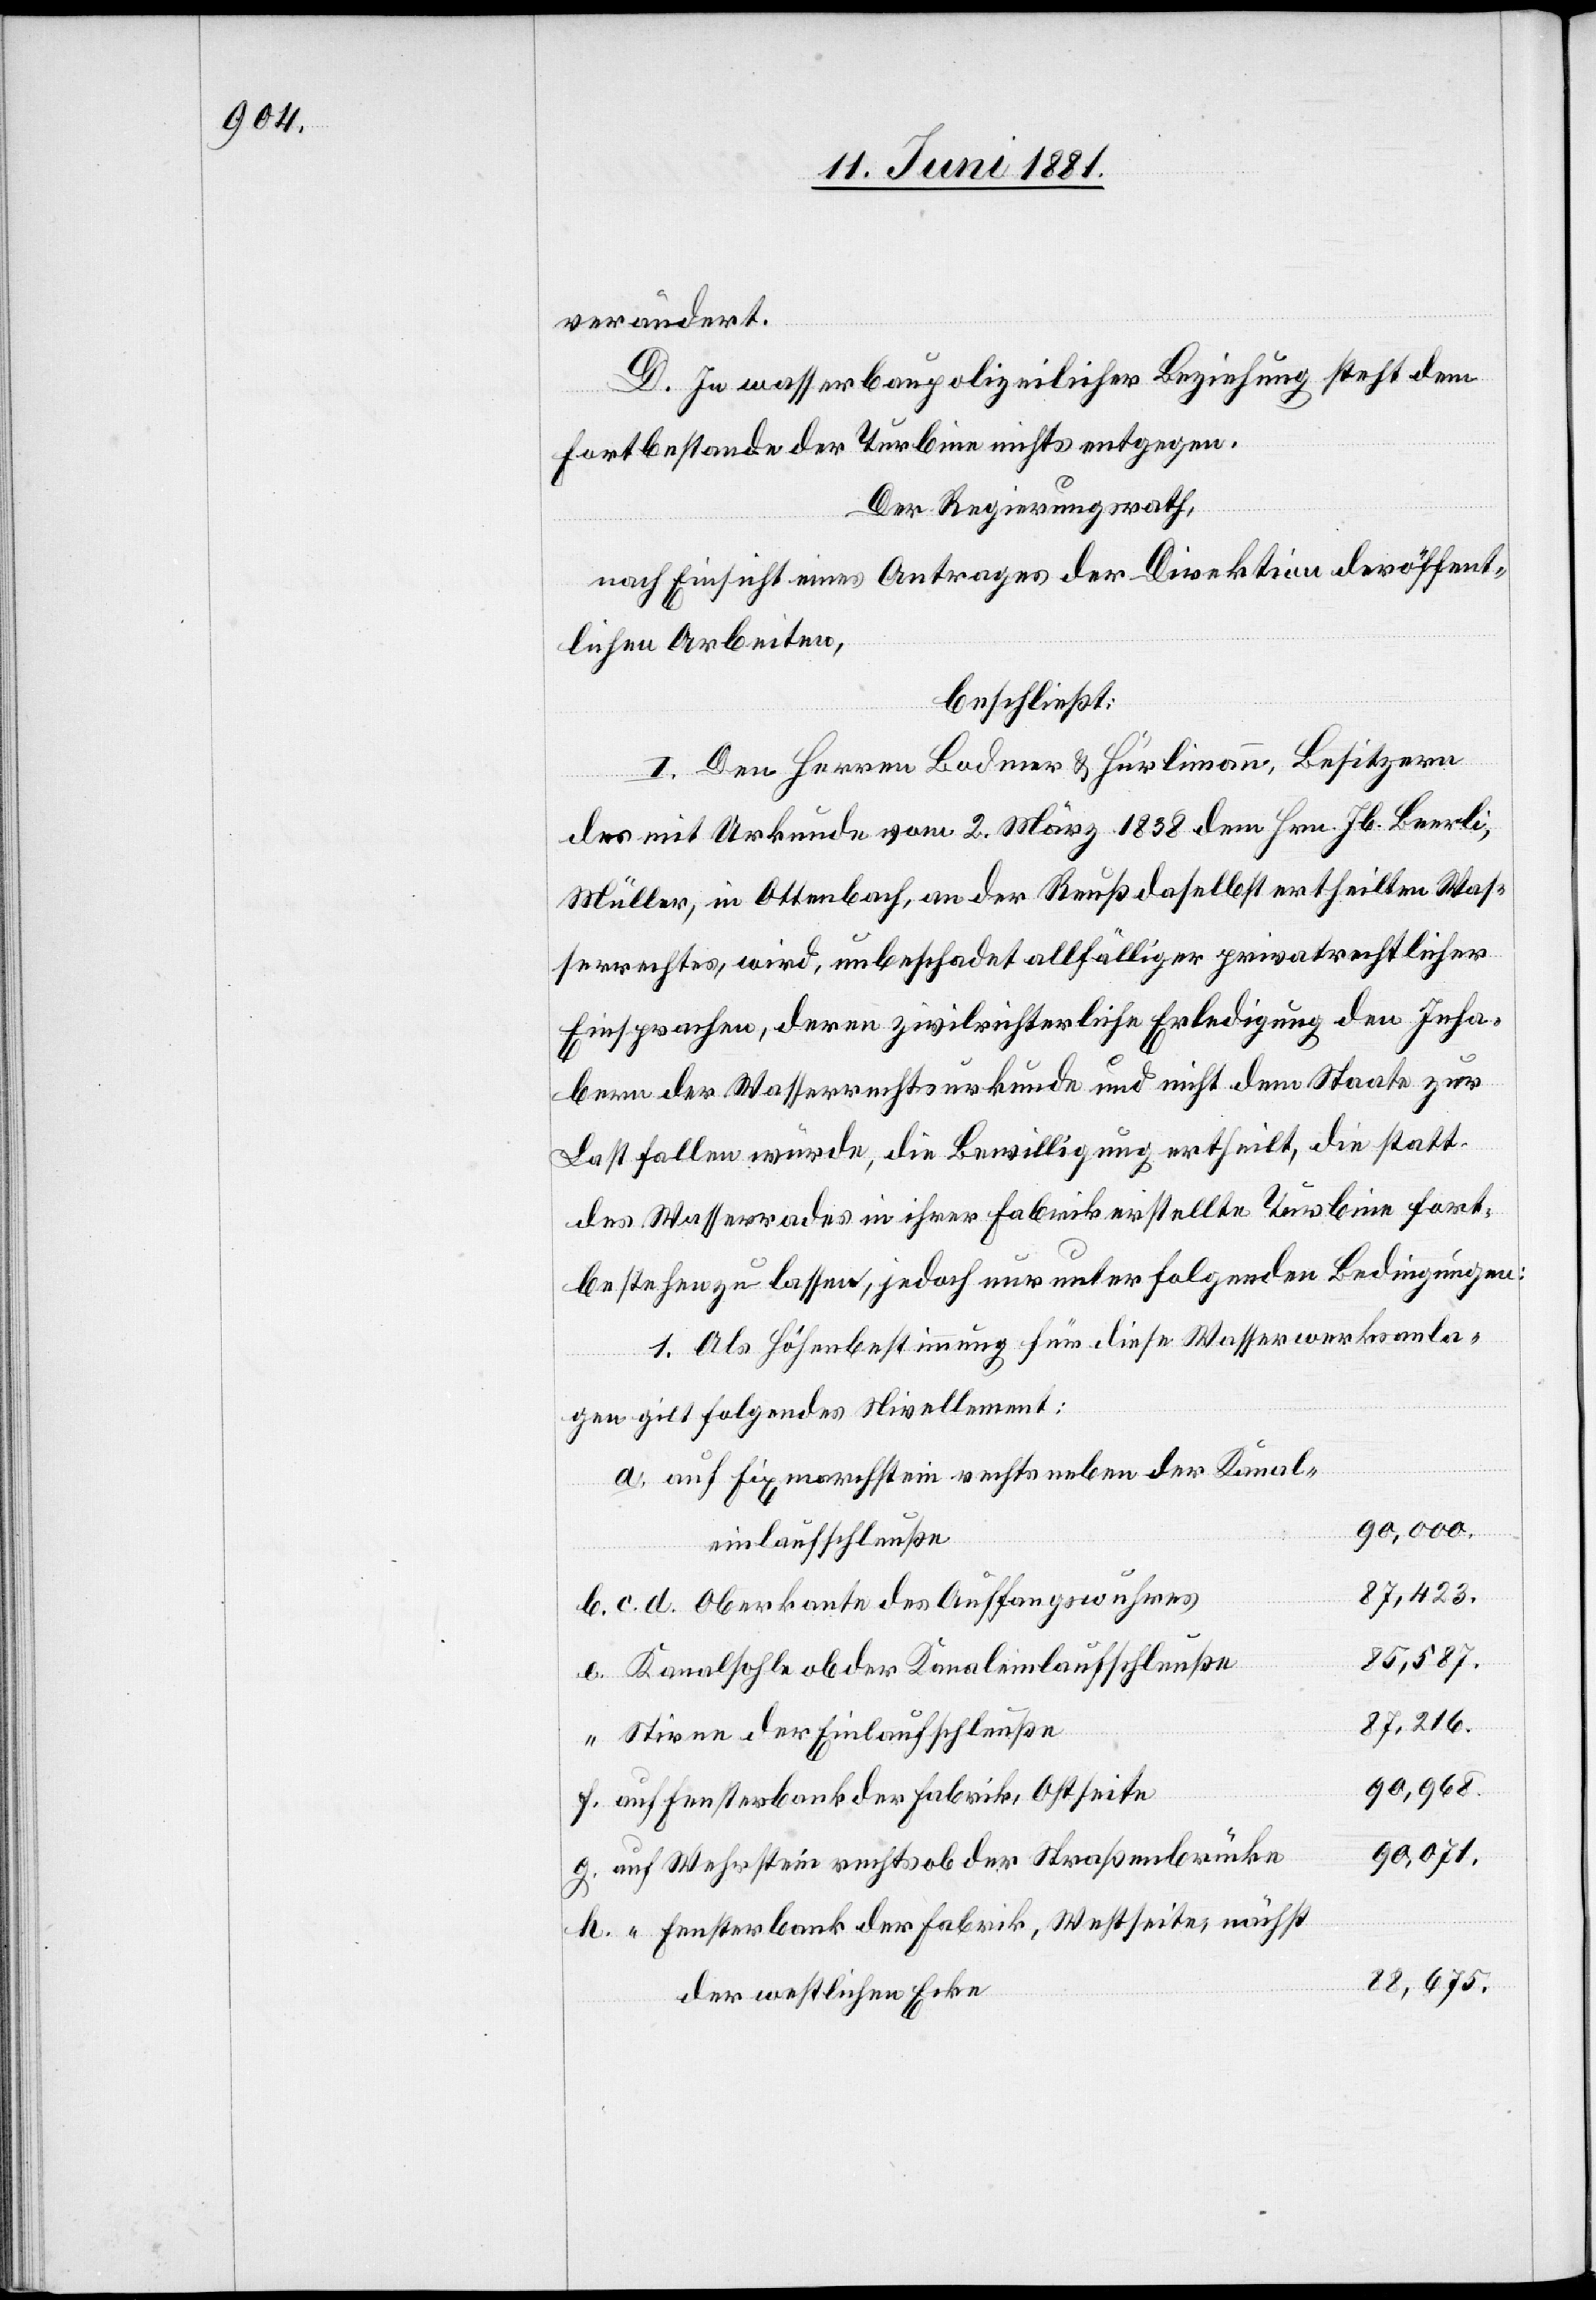
verändert.
D. In wasserbaupolizeilicher Beziehung steht dem
Fortbestande der Turbine nichts entgegen.
Der Regierungsrath,
nach Einsicht eines Antrages der Direktion der öffent¬
lichen Arbeiten,
beschließt:
I. Den Herren Bodmer & Hürlimann, Besitzern
des mit Urkunde vom 2. März 1838 dem Hrn. Jb. Beerli,
Müller, in Ottenbach, an der Reuß daselbst ertheilten Was¬
serrechtes, wird, unbeschadet allfälliger privatrechtlicher
Einsprachen, deren zivilrichterliche Erledigung den Inha¬
bern der Wasserrechtsurkunde und nicht dem Staate zur
Last fallen würde, die Bewilligung ertheilt, die statt
des Wasserrades in ihrer Fabrik erstellte Turbine fort¬
bestehen zu lassen, jedoch nur unter folgenden Bedingungen:
1. Als Höhenbestimmung für diese Wasserwerksanla¬
ge gilt folgendes Nivellement:
a. auf Fixmarchsteine rechts neben der Kanal¬
90,000.
einlaufschleuße
87,423.
b. c. d. Oberkante des Auffangwuhres
85,587.
e. Kanalsohle ob der Kanaleinlaufschleuße
87,216.
“ Stirne der Einlaufschleuße
90,968.
f. auf Fensterbank der Fabrik, Ostseite
90,071.
g. auf Wehrstein rechts ob der Straßenbrücke
h. “ Fensterbank der Fabrik, Westseite nächst
88,675.
der westlichen Ecke